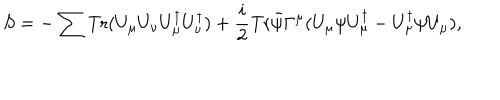
S = - \sum { \mathrm { T r } ( { { U } _ { \mu } { U } _ { \nu } { U } _ { \mu } ^ { \dagger } { U } _ { \nu } ^ { \dagger } } ) } + \frac { i } { 2 } \mathrm { T r } { { \bar { \psi } } { \Gamma ^ { \mu } } ( U _ { \mu } \psi U _ { \mu } ^ { \dagger } - U _ { \mu } ^ { \dagger } \psi U _ { \mu } ) } ,